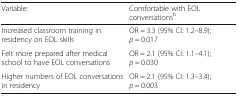
<table><thead><tr><td><b>Variable:</b></td><td><b>Comfortable with EOL conversations<sup>b</sup></b></td></tr></thead><tbody><tr><td>Increased classroom training in residency on EOL skills</td><td>OR = 3.3 (95% CI: 1.2–8.9); <i>p</i> = 0.017</td></tr><tr><td>Felt more prepared after medical school to have EOL conversations</td><td>OR = 2.1 (95% CI: 1.1–4.1); <i>p</i> = 0.030</td></tr><tr><td>Higher numbers of EOL conversations in residency</td><td>OR = 2.1 (95% CI: 1.3–3.4); <i>p</i> = 0.003</td></tr></tbody></table>